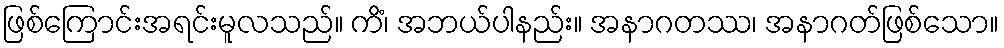
ဖြစ်ကြောင်းအရင်းမူလသည်။ ကိံ၊ အဘယ်ပါနည်း။ အနာဂတဿ၊ အနာဂတ်ဖြစ်သော။